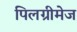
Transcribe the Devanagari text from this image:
पिलग्रीमेज